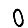
Digit: 0